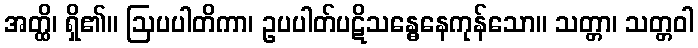
အတ္ထိ၊ ရှိ၏။ ဩပပါတိကာ၊ ဥပပါတ်ပဋိသန္ဓေနေကုန်သော။ သတ္တာ၊ သတ္တဝါ